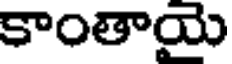
కాంతాయై